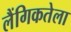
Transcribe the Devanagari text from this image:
लैंगिकतेला